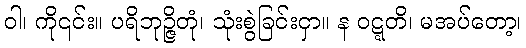
ဝါ၊ ကို၎င်း။ ပရိဘုဉ္ဇိတုံ၊ သုံးစွဲခြင်းငှာ။ န ဝဋ္ဋတိ၊ မအပ်တော့၊